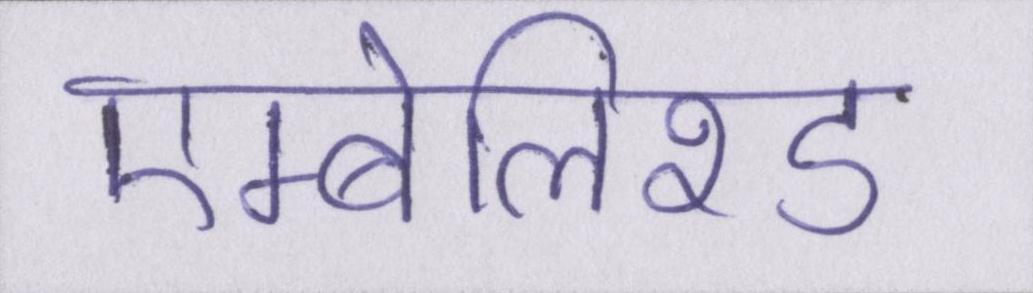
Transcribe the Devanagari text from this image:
एम्बेलिश्ड